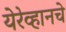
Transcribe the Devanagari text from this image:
येरेव्हानचे